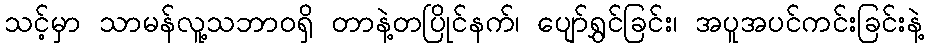
သင့်မှာ သာမန်လူ့သဘာဝရှိ တာနဲ့တပြိုင်နက်၊ ပျော်ရွှင်ခြင်း၊ အပူအပင်ကင်းခြင်းနဲ့